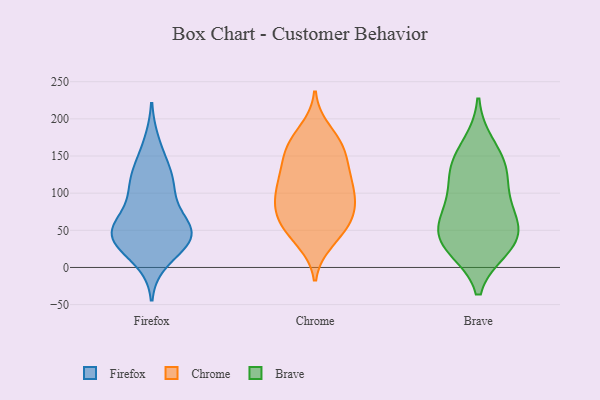
{"axis": {"x": "Net Income (USD K)", "y": "Value"}, "legend": ["Brave", "Chrome", "Firefox"], "data": [{"x": "", "y": 121, "type": "Firefox"}, {"x": "", "y": 42, "type": "Firefox"}, {"x": "", "y": 48, "type": "Firefox"}, {"x": "", "y": 11, "type": "Firefox"}, {"x": "", "y": 48, "type": "Firefox"}, {"x": "", "y": 82, "type": "Firefox"}, {"x": "", "y": 48, "type": "Firefox"}, {"x": "", "y": 34, "type": "Firefox"}, {"x": "", "y": 166, "type": "Firefox"}, {"x": "", "y": 109, "type": "Firefox"}, {"x": "", "y": 33, "type": "Firefox"}, {"x": "", "y": 45, "type": "Firefox"}, {"x": "", "y": 58, "type": "Firefox"}, {"x": "", "y": 134, "type": "Firefox"}, {"x": "", "y": 110, "type": "Firefox"}, {"x": "", "y": 51, "type": "Chrome"}, {"x": "", "y": 87, "type": "Chrome"}, {"x": "", "y": 61, "type": "Chrome"}, {"x": "", "y": 104, "type": "Chrome"}, {"x": "", "y": 79, "type": "Chrome"}, {"x": "", "y": 88, "type": "Chrome"}, {"x": "", "y": 65, "type": "Chrome"}, {"x": "", "y": 72, "type": "Chrome"}, {"x": "", "y": 154, "type": "Chrome"}, {"x": "", "y": 184, "type": "Chrome"}, {"x": "", "y": 119, "type": "Chrome"}, {"x": "", "y": 35, "type": "Chrome"}, {"x": "", "y": 42, "type": "Chrome"}, {"x": "", "y": 128, "type": "Chrome"}, {"x": "", "y": 162, "type": "Chrome"}, {"x": "", "y": 163, "type": "Chrome"}, {"x": "", "y": 104, "type": "Chrome"}, {"x": "", "y": 138, "type": "Chrome"}, {"x": "", "y": 115, "type": "Chrome"}, {"x": "", "y": 169, "type": "Chrome"}, {"x": "", "y": 81, "type": "Brave"}, {"x": "", "y": 52, "type": "Brave"}, {"x": "", "y": 93, "type": "Brave"}, {"x": "", "y": 26, "type": "Brave"}, {"x": "", "y": 134, "type": "Brave"}, {"x": "", "y": 43, "type": "Brave"}, {"x": "", "y": 135, "type": "Brave"}, {"x": "", "y": 129, "type": "Brave"}, {"x": "", "y": 65, "type": "Brave"}, {"x": "", "y": 27, "type": "Brave"}, {"x": "", "y": 35, "type": "Brave"}, {"x": "", "y": 165, "type": "Brave"}]}